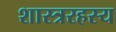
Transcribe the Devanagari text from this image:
शास्त्ररहस्य